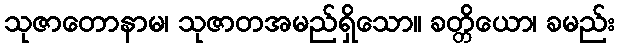
သုဇာတောနာမ၊ သုဇာတအမည်ရှိသော။ ခတ္တိယော၊ ခမည်း